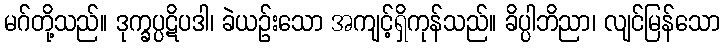
မဂ်တို့သည်။ ဒုက္ခပ္ပဋိပဒါ၊ ခဲယဉ်းသော အကျင့်ရှိကုန်သည်။ ခိပ္ပါဘိညာ၊ လျင်မြန်သော